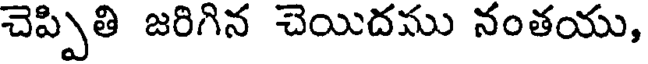
చెప్పితి జరిగిన చెయిదము నంతయు,